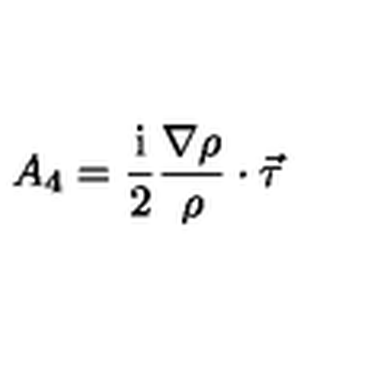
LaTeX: A _ { 4 } = { \frac { \mathrm { i } } { 2 } } { \frac { \nabla \rho } { \rho } } \cdot \vec { \tau }